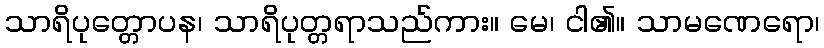
သာရိပုတ္တောပန၊ သာရိပုတ္တရာသည်ကား။ မေ၊ ငါ၏။ သာမဏေရော၊